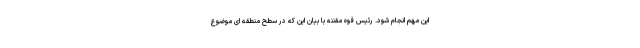
این مهم انجام شود. رئیس قوه مقننه با بیان این که در سطح منطقه ای موضوع